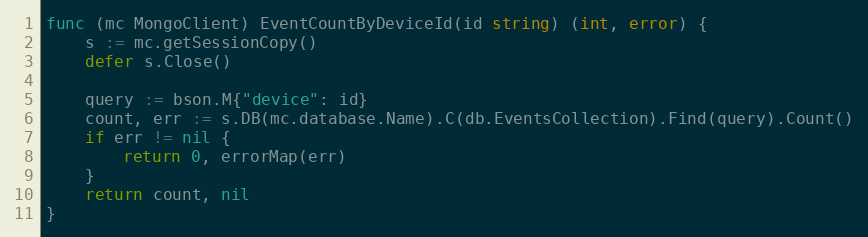
Language: Go
func (mc MongoClient) EventCountByDeviceId(id string) (int, error) {
	s := mc.getSessionCopy()
	defer s.Close()

	query := bson.M{"device": id}
	count, err := s.DB(mc.database.Name).C(db.EventsCollection).Find(query).Count()
	if err != nil {
		return 0, errorMap(err)
	}
	return count, nil
}